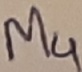
Text: M4